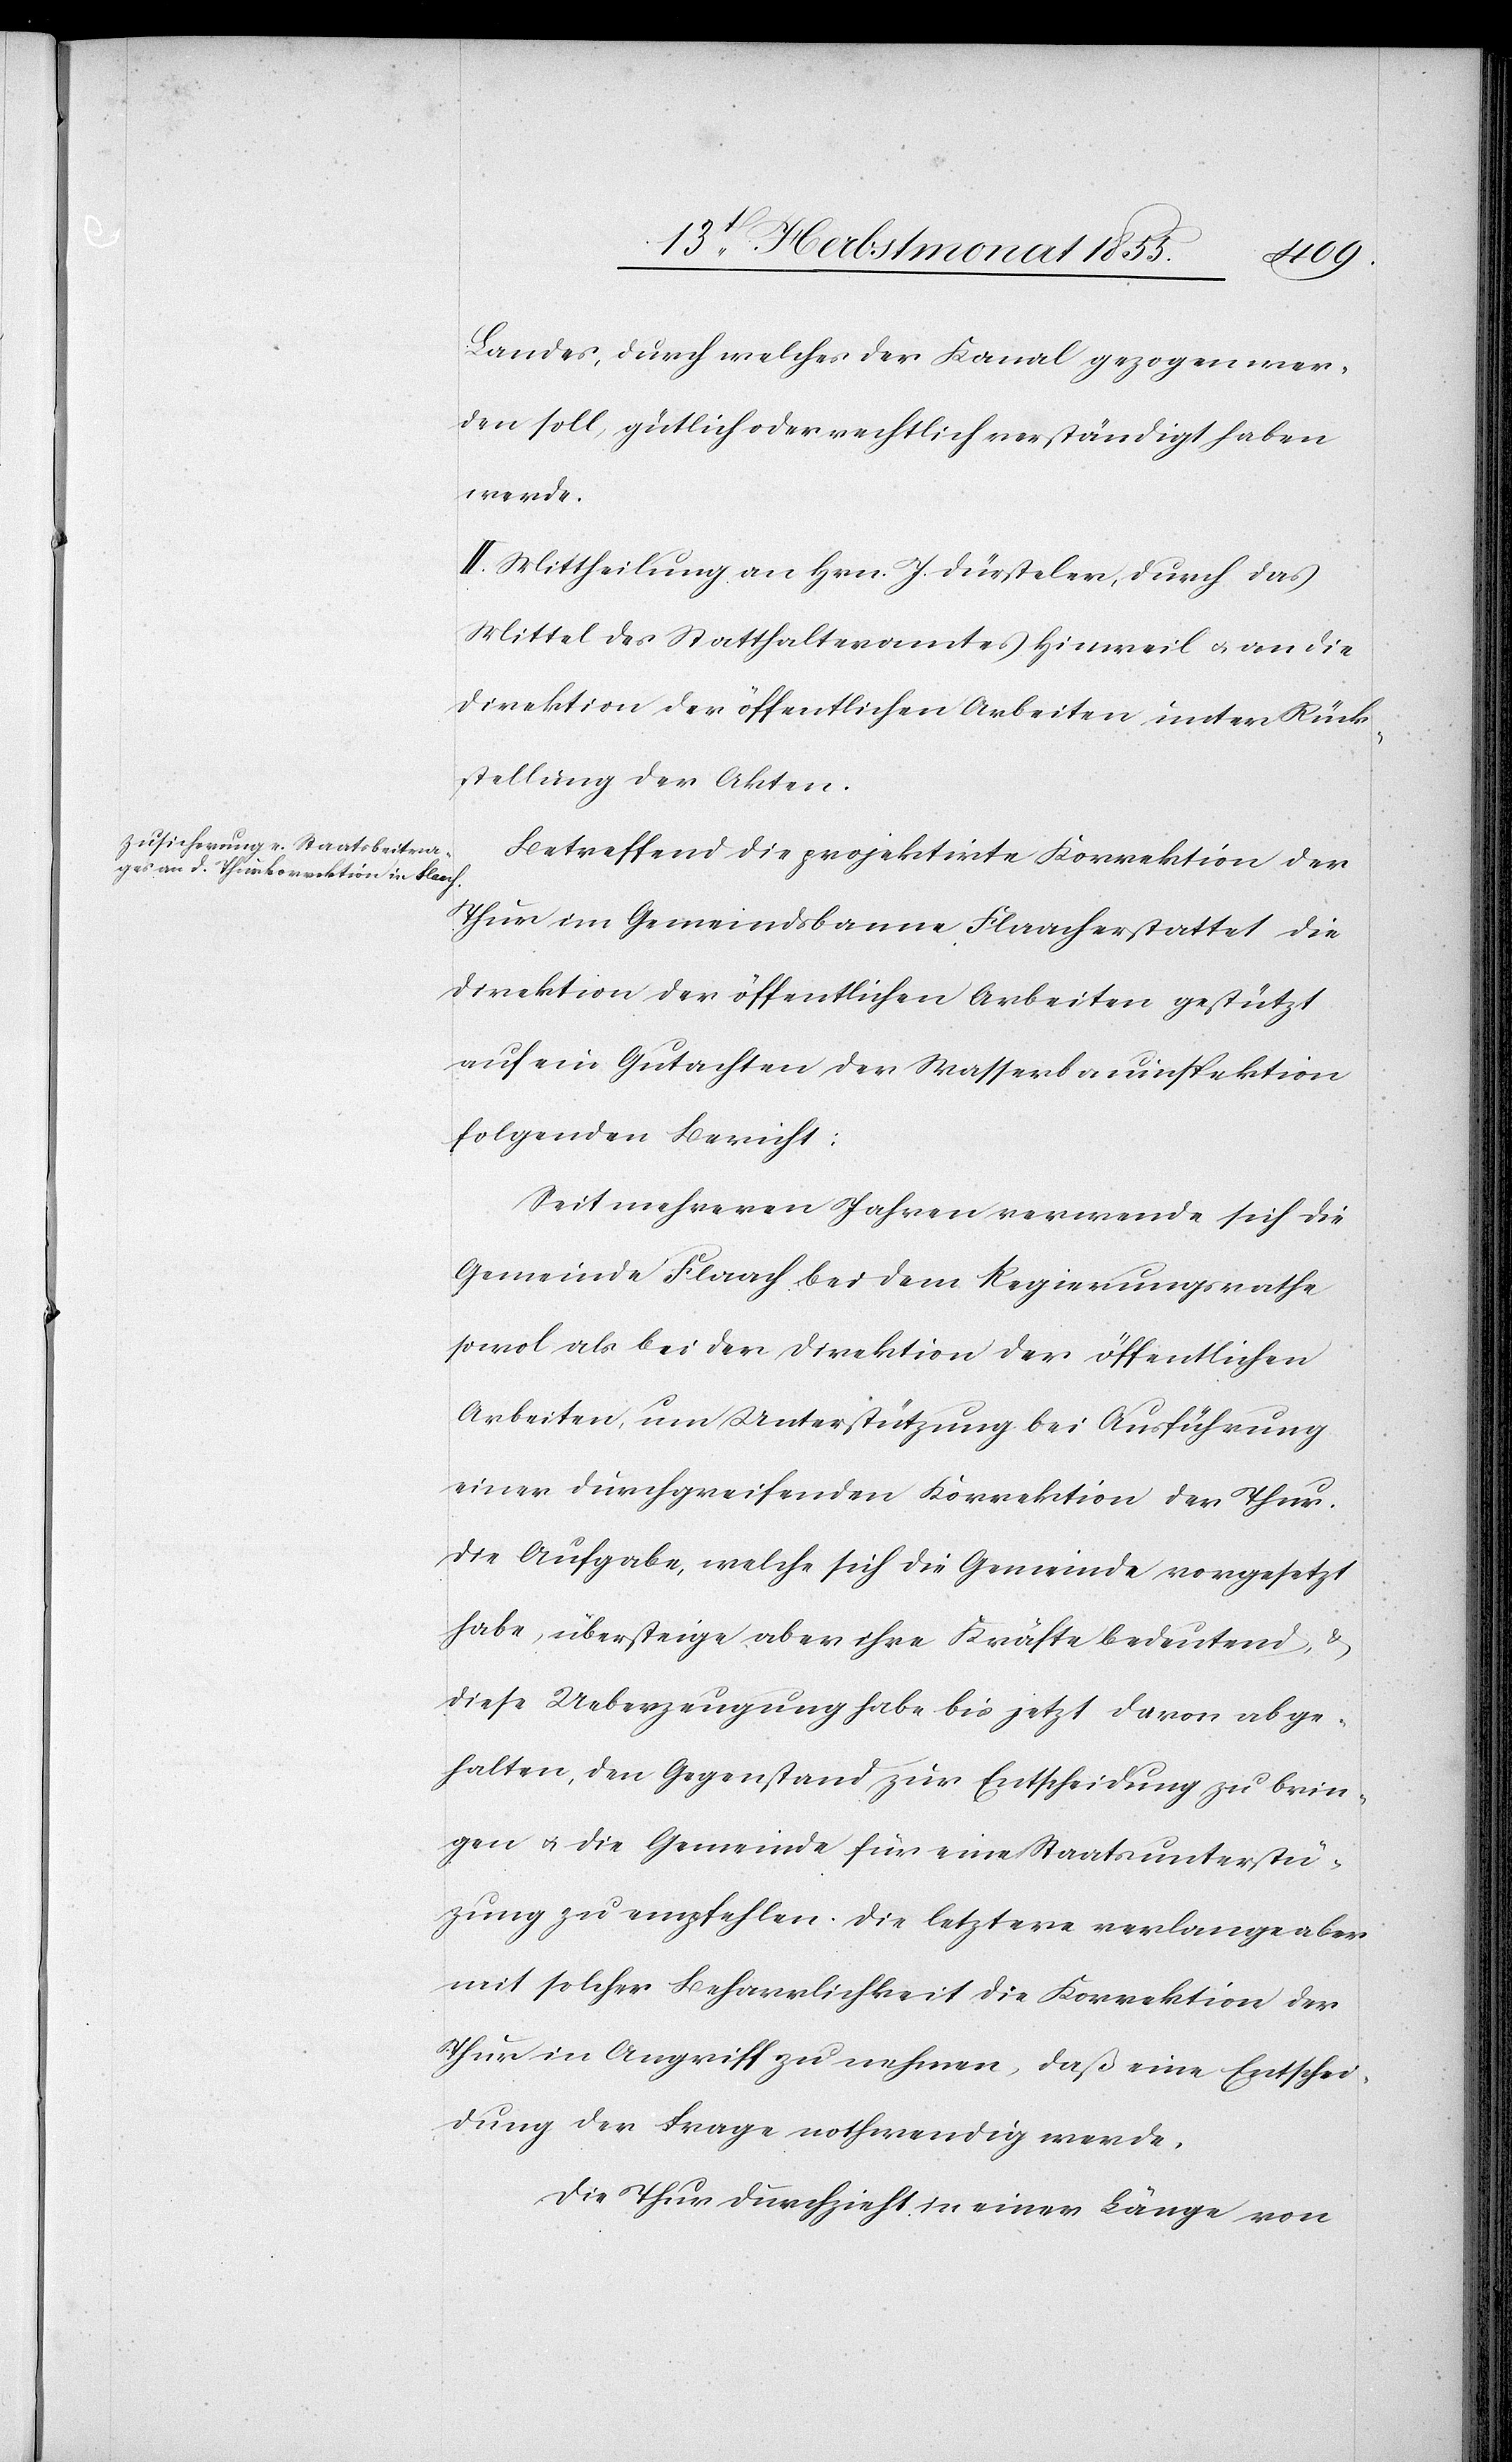
Landes, durch welches der Kanal gezogen wer¬
den soll, gütlich oder rechtlich verständigt haben
werde.
II. Mittheilung an Hrn. J. Dürsteler, durch das
Mittel des Statthalteramtes Hinweil & an die
Direktion der öffentlichen Arbeiten unter Rück¬
stellung der Akten.
Betreffend die projektirte Korrektion der
Thur im Gemeindsbanne Flaach erstattet die
Direktion der öffentlichen Arbeiten gestützt
auf ein Gutachten der Wasserbauinspektion
folgenden Bericht:
Seit mehreren Jahren verwende sich die
Gemeinde Flaach bei dem Regierungsrathe
sowol als bei der Direktion der öffentlichen
Arbeiten, um Unterstützung bei Ausführung
einer durchgreifenden Korrektion der Thur.
Die Aufgabe, welche sich die Gemeinde vorgesetzt
habe, übersteige aber ihre Kräfte bedeutend, &
diese Ueberzeugung habe bis jetzt davon abge¬
halten, den Gegenstand zur Entscheidung zu brin¬
gen & die Gemeinde für eine Staatsunterstü[t]z¬
ung zu empfehlen. Die letztere verlange aber
mit solcher Beharrlichkeit die Korrektion der
Thur in Angriff zu nehmen, daß eine Entschei¬
dung der Frage nothwendig werde.
Die Thur durchzieht in einer Länge von